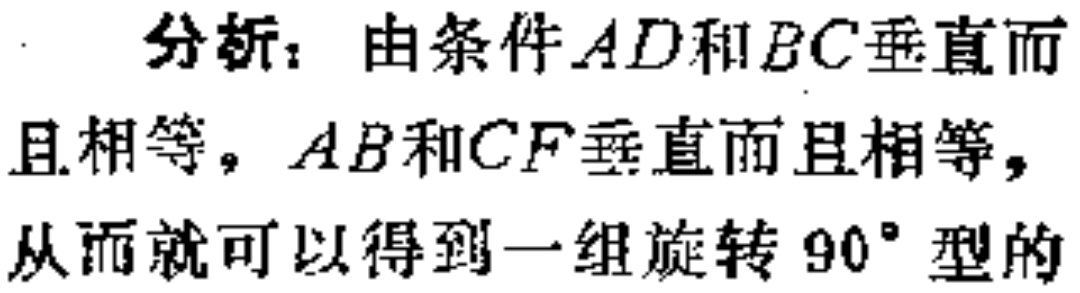
分析：由条件\(AD\)和\(BC\)垂直而且相等，\(AB\)和\(CF\)垂直而且相等，从而就可以得到一组旋转\(90^{\circ}\)型的